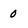
Character: 0